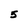
Character: 5